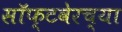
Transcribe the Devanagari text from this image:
सॉफ्टवेरच्या